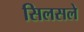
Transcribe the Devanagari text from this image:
सिलसले